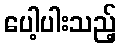
ပေါ့ပါးသည့်